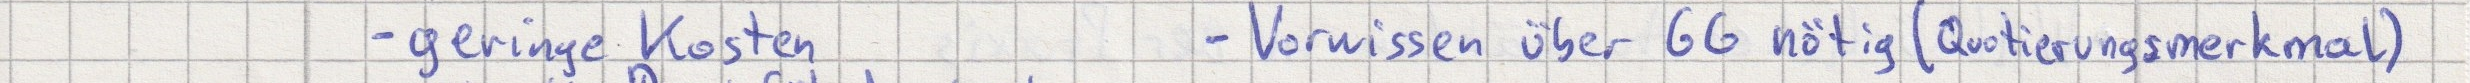
- geringe Kosten     - Vorwissen über GG nötig (Quotierungsmerkmal)